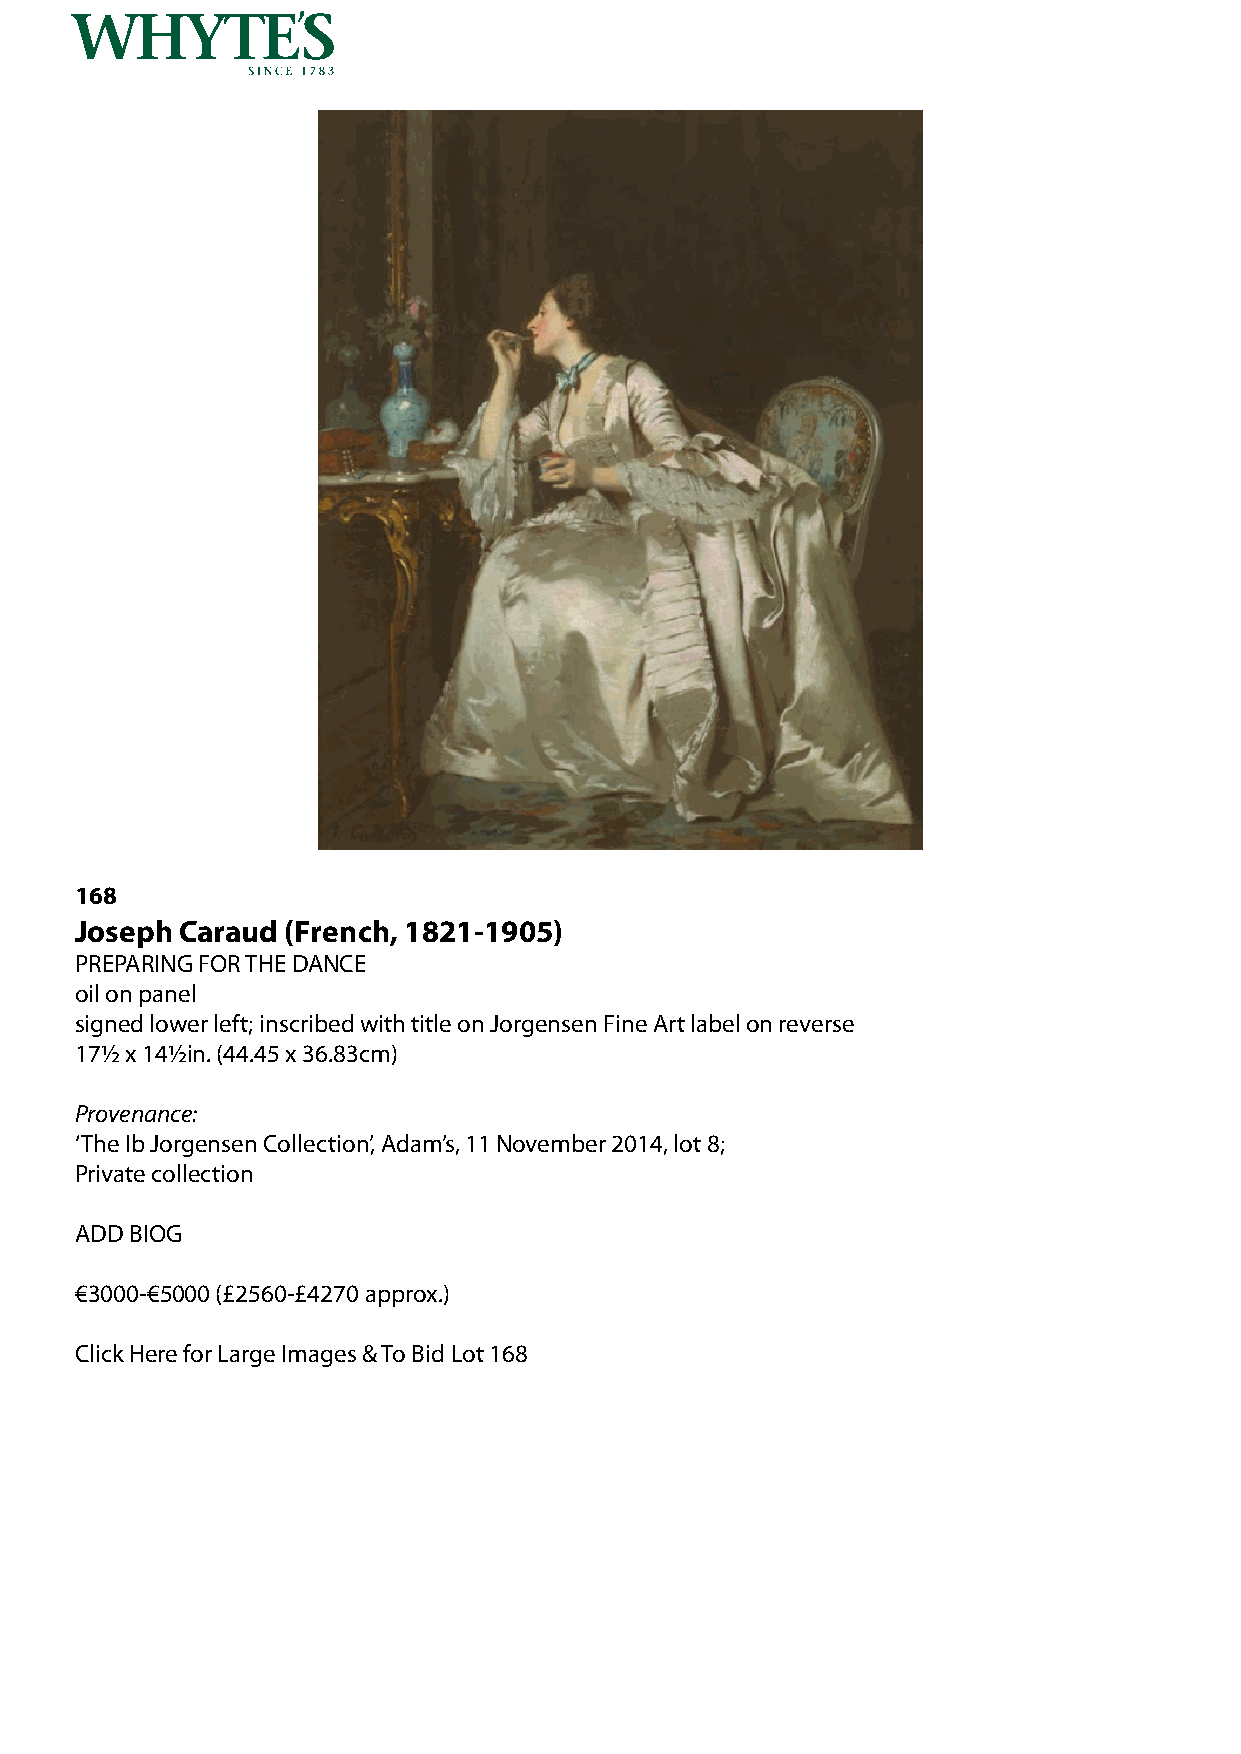
168
 Joseph Caraud (French, 1821-1905)
 PREPARING FOR THE DANCE
 oil on panel
 signed lower left; inscribed with title on Jorgensen Fine Art label on reverse
 17½ x 14½in. (44.45 x 36.83cm)
 Provenance:
 ‘The Ib Jorgensen Collection’, Adam’s, 11 November 2014, lot 8;
 Private collection
 ADD BIOG
 €3000-€5000 (£2560-£4270 approx.)
 Click Here for Large Images & To Bid Lot 168